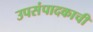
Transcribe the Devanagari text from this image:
उपसंपादकाची